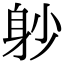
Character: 𨈘